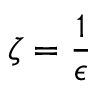
\zeta = \frac { 1 } { \epsilon }